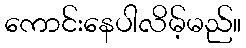
ကောင်းနေပါလိမ့်မည်။